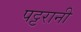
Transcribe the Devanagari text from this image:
पट्टरानी